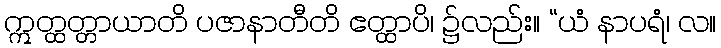
ဣတ္ထတ္တာယာတိ ပဇာနာတီတိ ဧတ္ထာပိ၊ ၌လည်း။ “ယံ နာပရံ၊ လ။